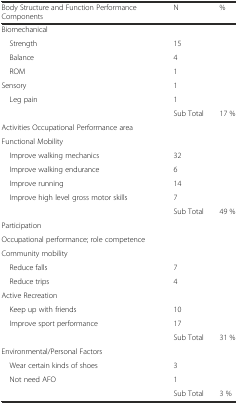
<table><thead><tr><td><b>Body Structure and Function Performance Components</b></td><td><b>N</b></td><td><b>%</b></td></tr></thead><tbody><tr><td>Biomechanical</td><td></td><td></td></tr><tr><td> Strength</td><td>15</td><td></td></tr><tr><td> Balance</td><td>4</td><td></td></tr><tr><td> ROM</td><td>1</td><td></td></tr><tr><td>Sensory</td><td>1</td><td></td></tr><tr><td> Leg pain</td><td>1</td><td></td></tr><tr><td></td><td>Sub Total</td><td>17 %</td></tr><tr><td>Activities Occupational Performance area</td><td></td><td></td></tr><tr><td>Functional Mobility</td><td></td><td></td></tr><tr><td> Improve walking mechanics</td><td>32</td><td></td></tr><tr><td> Improve walking endurance</td><td>6</td><td></td></tr><tr><td> Improve running</td><td>14</td><td></td></tr><tr><td> Improve high level gross motor skills</td><td>7</td><td></td></tr><tr><td></td><td>Sub Total</td><td>49 %</td></tr><tr><td>Participation</td><td></td><td></td></tr><tr><td>Occupational performance; role competence</td><td></td><td></td></tr><tr><td>Community mobility</td><td></td><td></td></tr><tr><td> Reduce falls</td><td>7</td><td></td></tr><tr><td> Reduce trips</td><td>4</td><td></td></tr><tr><td>Active Recreation</td><td></td><td></td></tr><tr><td> Keep up with friends</td><td>10</td><td></td></tr><tr><td> Improve sport performance</td><td>17</td><td></td></tr><tr><td></td><td>Sub Total</td><td>31 %</td></tr><tr><td colspan="3">Environmental/Personal Factors</td></tr><tr><td> Wear certain kinds of shoes</td><td>3</td><td></td></tr><tr><td> Not need AFO</td><td>1</td><td></td></tr><tr><td></td><td>Sub Total</td><td>3 %</td></tr></tbody></table>